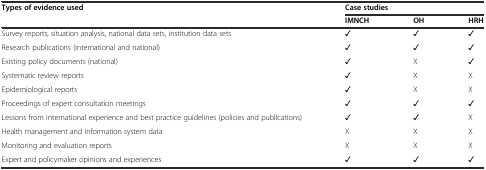
| <ROWSPAN=2> Types of evidence used | <COLSPAN=2> Case studies |  |
 | IMNCH | OH | HRH |
 | --- | --- | --- | --- |
 | Survey reports, situation analysis, national data sets, institution data sets | ✓ | ✓ | ✓ |
 | Research publications (international and national) | ✓ | ✓ | ✓ |
 | Existing policy documents (national) | ✓ | X | ✓ |
 | Systematic review reports | ✓ | X | X |
 | Epidemiological reports | ✓ | X | X |
 | Proceedings of expert consultation meetings | ✓ | ✓ | ✓ |
 | Lessons from international experience and best practice guidelines (policies and publications) | ✓ | ✓ | X |
 | Health management and information system data | X | X | X |
 | Monitoring and evaluation reports | X | X | X |
 | Expert and policymaker opinions and experiences | ✓ | ✓ | ✓ |